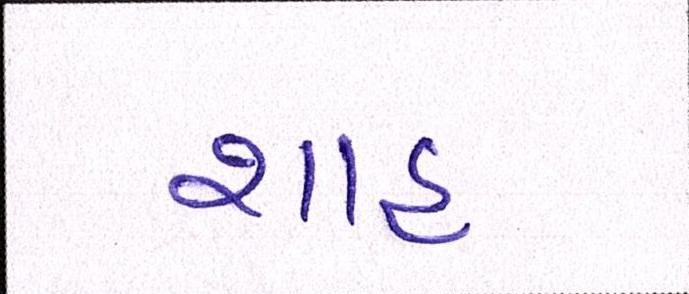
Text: શાહઃ